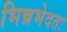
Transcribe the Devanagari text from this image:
भिन्नभेदतः